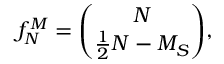
f _ { N } ^ { M } = \binom { N } { \frac { 1 } { 2 } N - M _ { S } } ,